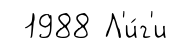
1988 Л'и́г'и